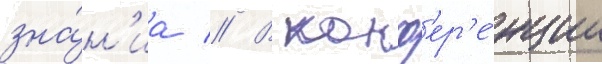
зна́н'иа // В конф'ер'е́нции